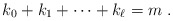
\begin{align*} k_0+ k_1 + \cdots + k_{\ell} = m\;. \end{align*}